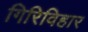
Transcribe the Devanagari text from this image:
गिरिविहार